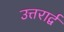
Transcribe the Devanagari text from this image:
उत्तरार्द्व